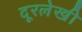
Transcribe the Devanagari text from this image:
दूरलेखी